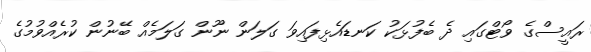
ރައީސްގެ ވޯޓްގައި ދެ ބެފުޅަކު ކަނޑައެޅިފައިވަ ގަލަން ނޫން ގަލަމެއް ބޭނުން ކުރެއްވުމުގެ